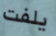
يلفت